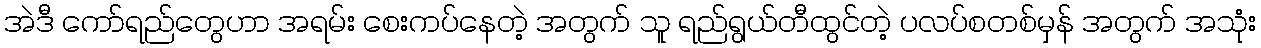
အဲဒီ ကော်ရည်တွေဟာ အရမ်း စေးကပ်နေတဲ့ အတွက် သူ ရည်ရွယ်တီထွင်တဲ့ ပလပ်စတစ်မှန် အတွက် အသုံး